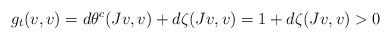
LaTeX: \begin{align*}g_t(v,v)=d\theta^c(Jv,v)+d\zeta(Jv,v)=1+d\zeta(Jv,v)>0\end{align*}